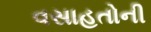
વસાહતોની